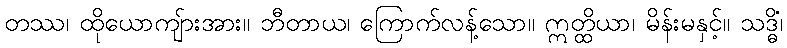
တဿ၊ ထိုယောကျ်ားအား။ ဘီတာယ၊ ကြောက်လန့်သော။ ဣတ္ထိယာ၊ မိန်းမနှင့်။ သဒ္ဓိံ၊